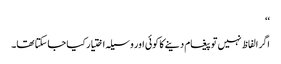
‘‘
اگر الفاظ نہیں تو پیغام دینے کا کوئی اور وسیلہ اختیار کیا جاسکتا تھا۔